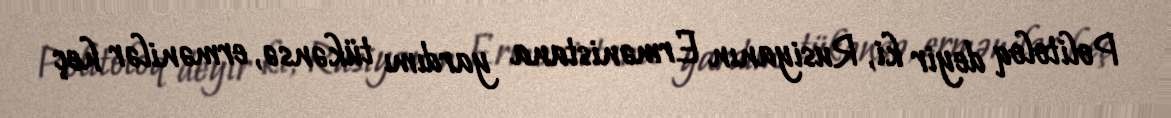
Politoloq deyir ki, Rusiyanın Ermənistana yardımı tükənsə, ermənilər heç